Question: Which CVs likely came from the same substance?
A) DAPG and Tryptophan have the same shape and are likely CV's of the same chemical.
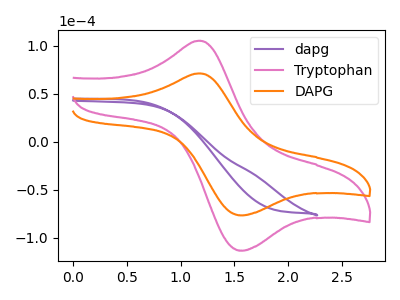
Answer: <think>The purple curve "dapg" has no peaks. The pink curve "Tryptophan" has an anodic peak at (1.20V, 105.20uA) and a cathodic peak at (1.60V, -113.35uA). The orange curve "DAPG" has an anodic peak at (1.20V, 71.10uA) and a cathodic peak at (1.60V, -76.65uA).
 "dapg" and "Tryptophan" have a different number of peaks. "dapg" and "DAPG" have a different number of peaks. All the peaks in "Tryptophan" have a peak in "DAPG" at the same potential. Every peak in "Tryptophan" is higher than every peak in "DAPG".</think>
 <answer>A) "DAPG" and "Tryptophan" have the same shape and are likely CV's of the same chemical.</answer>
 <eval>A</eval>